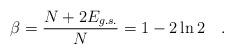
LaTeX: \begin{align*}\beta=\frac{N+2E_{g.s.}}{N}=1-2\ln 2\quad .\end{align*}